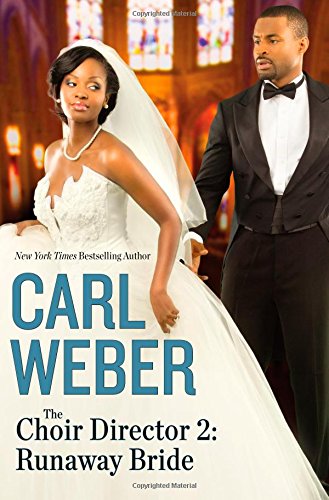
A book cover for The Choir Director 2: Runaway Bride; Carl Weber; Christian Books & Bibles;